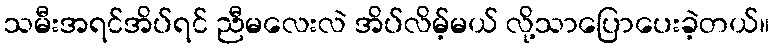
သမီးအရင်အိပ်ရင် ညီမလေးလဲ အိပ်လိမ့်မယ် လို့သာပြောပေးခဲ့တယ်။